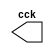
//---------------------------
//Nome: Alvaro Henrique
//Matrcula: 395487
//---------------------------

//--------------------------
// -- Guia09 Exercicio 03 --
//--------------------------

 //----------------------
 //-- Clock
 //----------------------
 
 
 module clock ( cck );
 
 output cck;
 reg    cck;

  initial
   begin
    cck = 1'b0;
   end

  always
   begin
    #12 cck = ~cck;
   end 
 endmodule
 
 
 module exercicio03 (signal,clock);
 input  clock;
 output signal;
 reg    signal;


 always @ ( posedge clock )
  begin
      signal = 1'b1;
	#6 signal = 1'b0;
  end
  
 always @ ( negedge clock )
  begin
  		signal = 1'b1;
   #6 signal = 1'b0;
	
  end
endmodule


 
 //-------------------------
 //-- Teste do Ex3
 //-------------------------
 
 module teste;

 wire  clock;
 clock cck1 ( clock );
 wire saida;
 
 exercicio03 EX03 (saida,clock);

 initial begin
  $display("Guia 9 - Ex3 - Alvaro Henrique - 395487 \n");
  $dumpfile ( "Guia09Ex03.vcd" );
  $dumpvars (1,clock,saida);
  #120 $finish;
  
 end
 endmodule 
 
 //-----------------
 //-- Fim Guia 03 --
 //-----------------